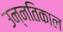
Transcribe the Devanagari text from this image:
उन्नतिकाल